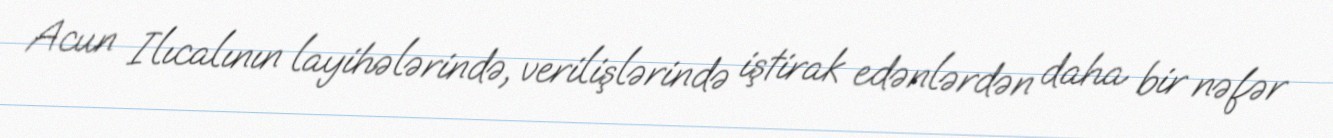
Acun Ilıcalının layihələrində, verilişlərində iştirak edənlərdən daha bir nəfər